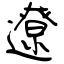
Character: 遼